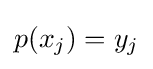
p(x_{j})=y_{j}